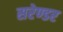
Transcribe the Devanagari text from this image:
सरेण्डर